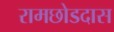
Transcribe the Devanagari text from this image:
रामछोडदास